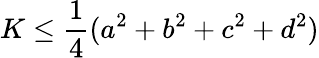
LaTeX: K\leq{\frac{1}{4}}(a^{2}+b^{2}+c^{2}+d^{2})